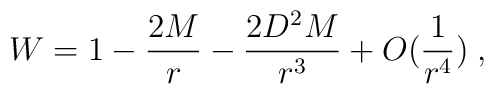
W = 1 - \frac{2M}{r} - \frac{2D^2 M}{r^3} + O(\frac{1}{r^4})\; ,